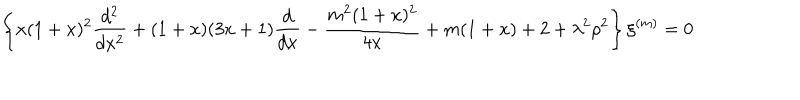
LaTeX: \left\{ x ( 1 + x ) ^ { 2 } \frac { d ^ { 2 } } { d x ^ { 2 } } + ( 1 + x ) ( 3 x + 1 ) \frac { d } { d x } - \frac { m ^ { 2 } ( 1 + x ) ^ { 2 } } { 4 x } + m ( 1 + x ) + 2 + \lambda ^ { 2 } \rho ^ { 2 } \right\} \xi ^ { ( m ) } = 0